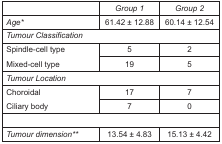
<table><thead><tr><td></td><td><b>Group 1</b></td><td><b>Group 2</b></td></tr></thead><tbody><tr><td><i>Age</i><sup>*</sup></td><td>61.42 ± 12.88</td><td>60.14 ± 12.54</td></tr><tr><td colspan="3"><i>Tumour Classification</i></td></tr><tr><td rowspan="2">Spindle-cell typeMixed-cell type</td><td>5</td><td>2</td></tr><tr><td>19</td><td>5</td></tr><tr><td colspan="3"><i>Tumour Location</i></td></tr><tr><td rowspan="2">ChoroidalCiliary body</td><td>17</td><td>7</td></tr><tr><td>7</td><td>0</td></tr><tr><td><i>Tumour dimension</i><sup>**</sup></td><td>13.54 ± 4.83</td><td>15.13 ± 4.42</td></tr></tbody></table>